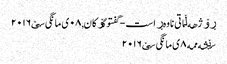
ڕۆژهه‌ڵاتی ناوه‌ڕاست - گفتوگۆکان, ٠٨ ی مانگی سێ ٢٠١٦
سێشه‌ممه‌ ٨ ی مانگی سێ ٢٠١٦